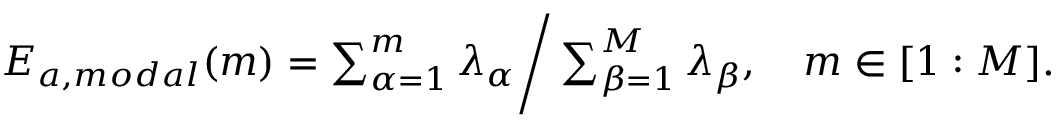
\begin{array} { r } { E _ { a , m o d a l } ( m ) = \sum _ { \alpha = 1 } ^ { m } \lambda _ { \alpha } \Bigg / \sum _ { \beta = 1 } ^ { M } \lambda _ { \beta } , \quad m \in [ 1 : M ] . } \end{array}